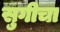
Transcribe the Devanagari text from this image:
सुगीचा